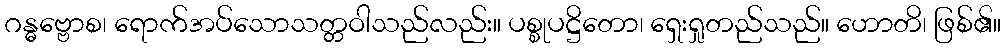
ဂန္ဓဗ္ဗောစ၊ ရောက်အပ်သောသတ္တဝါသည်လည်း။ ပစ္စုပဋ္ဌိတော၊ ရှေးရှုတည်သည်။ ဟောတိ၊ ဖြစ်၏။